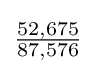
{\tfrac {52,675}{87,576}}